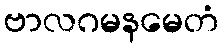
ဗာလဂမနမေတံ